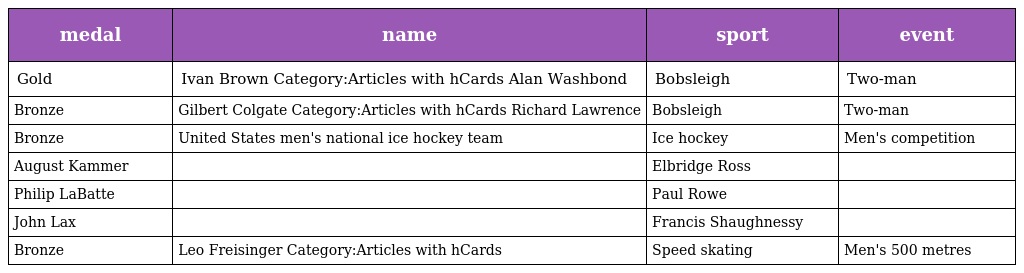
| medal | name | sport | event |
 | --- | --- | --- | --- |
 | Gold | Ivan Brown Category:Articles with hCards Alan Washbond | Bobsleigh | Two-man |
 | Bronze | Gilbert Colgate Category:Articles with hCards Richard Lawrence | Bobsleigh | Two-man |
 | Bronze | United States men's national ice hockey team | Ice hockey | Men's competition |
 | August Kammer |  | Elbridge Ross |  |
 | Philip LaBatte |  | Paul Rowe |  |
 | John Lax |  | Francis Shaughnessy |  |
 | Bronze | Leo Freisinger Category:Articles with hCards | Speed skating | Men's 500 metres |